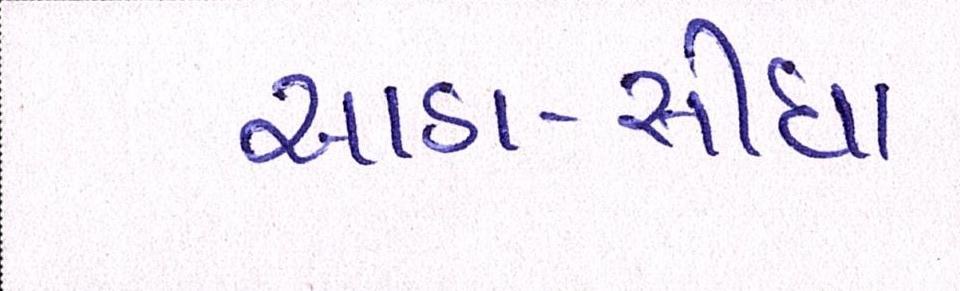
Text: આડા-સીધા